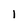
Character: 1